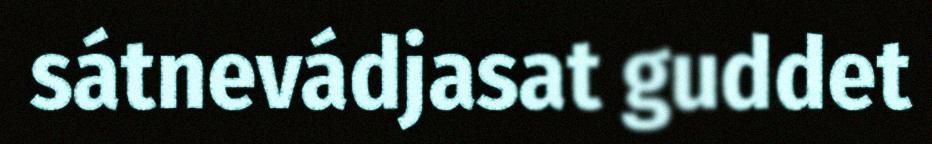
sátnevádjasat guddet